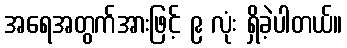
အရေအတွက်အားဖြင့် ၉ လုံး ရှိခဲ့ပါတယ်။